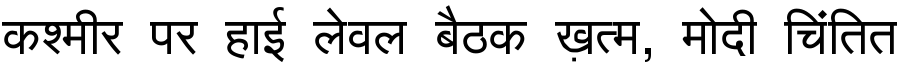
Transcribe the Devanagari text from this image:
कश्मीर पर हाई लेवल बैठक ख़त्म, मोदी चिंतित